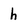
Character: h